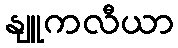
နျူကလီယာ